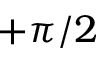
+ \pi / 2